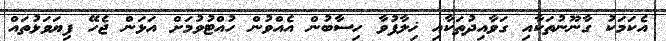
އެކަމަކު ގާނޫނުތަކާއި ގަވާއިދުތަކާއި ޚިލާފުވާ ހިސާބުން އެއްވުން ހުއްޓުވުމަށް އަޅަން ޖެހޭ ފިޔަވަޅުތައް